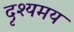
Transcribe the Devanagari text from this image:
दृश्यमय